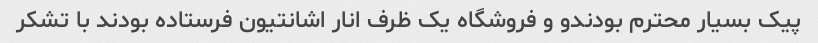
پیک بسیار محترم بودندو و فروشگاه یک ظرف انار اشانتیون فرستاده بودند با تشکر